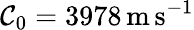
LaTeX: \mathcal{C}_{0}=3978\, \mathrm{{m\, s^{-1}}}